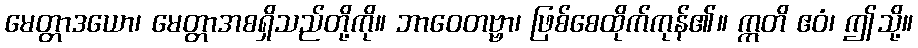
မေတ္တာဒယော၊ မေတ္တာအစရှိသည်တို့ကို။ ဘာဝေတဗ္ဗာ၊ ဖြစ်စေထိုက်ကုန်၏။ ဣတိ ဧဝံ၊ ဤသို့။